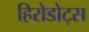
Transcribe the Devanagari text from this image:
हिरोडोट्स